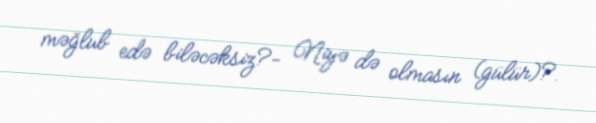
məğlub edə biləcəksiz?- Niyə də olmasın (gülür)?.